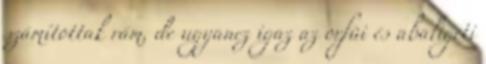
számítottak rám, de ugyanez igaz az orfûi és abaligeti